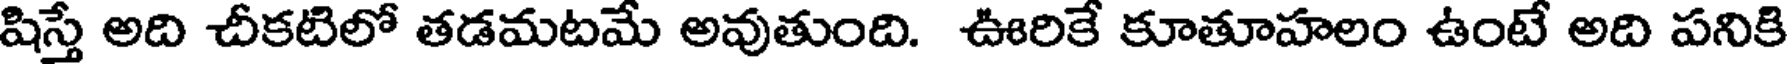
షిస్తే అది చీకటిలో తడమటమే అవుతుంది. ఊరికే కూతూహలం ఉంటే అది పనికి